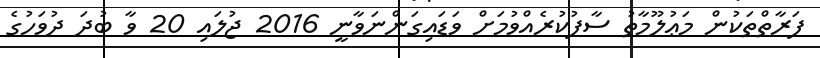
ފަރާތްތަކުން މަޢުލޫމާތު ސާފުކުރެއްވުމަށް ވަޑައިގަންނަވާނީ 2016 ޖުލައި 20 ވާ ބުދަ ދުވަހުގެ